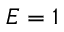
E = 1